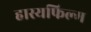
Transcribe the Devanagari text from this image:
हास्यफिल्म